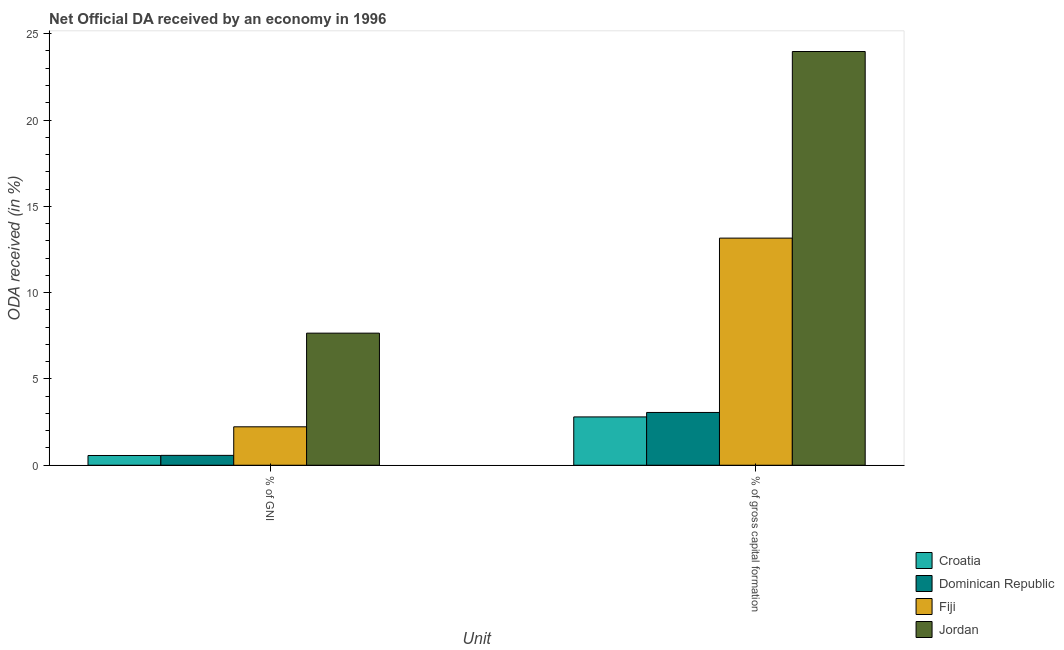
| Unit | Croatia | Dominican Republic | Fiji | Jordan |
 | --- | --- | --- | --- | --- |
 | % of GNI | 0.565 | 0.572 | 2.23 | 7.65 |
 | % of gross capital formation | 2.8 | 3.06 | 13.2 | 24 |